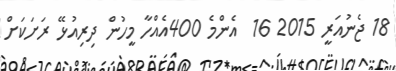
18 ޖެނުއަރީ 2015 16  އެންމެ 400އެއްހާ މީހުން ދިރިއުޅޭ ރަށަކަށް